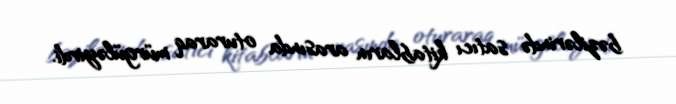
bəzilərində satıcı kitabların arasında oturaraq mürgüləyirdi.